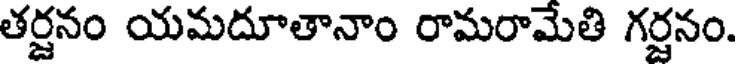
తర్జనం యమదూతానాం రామరామేతి గర్జనం.